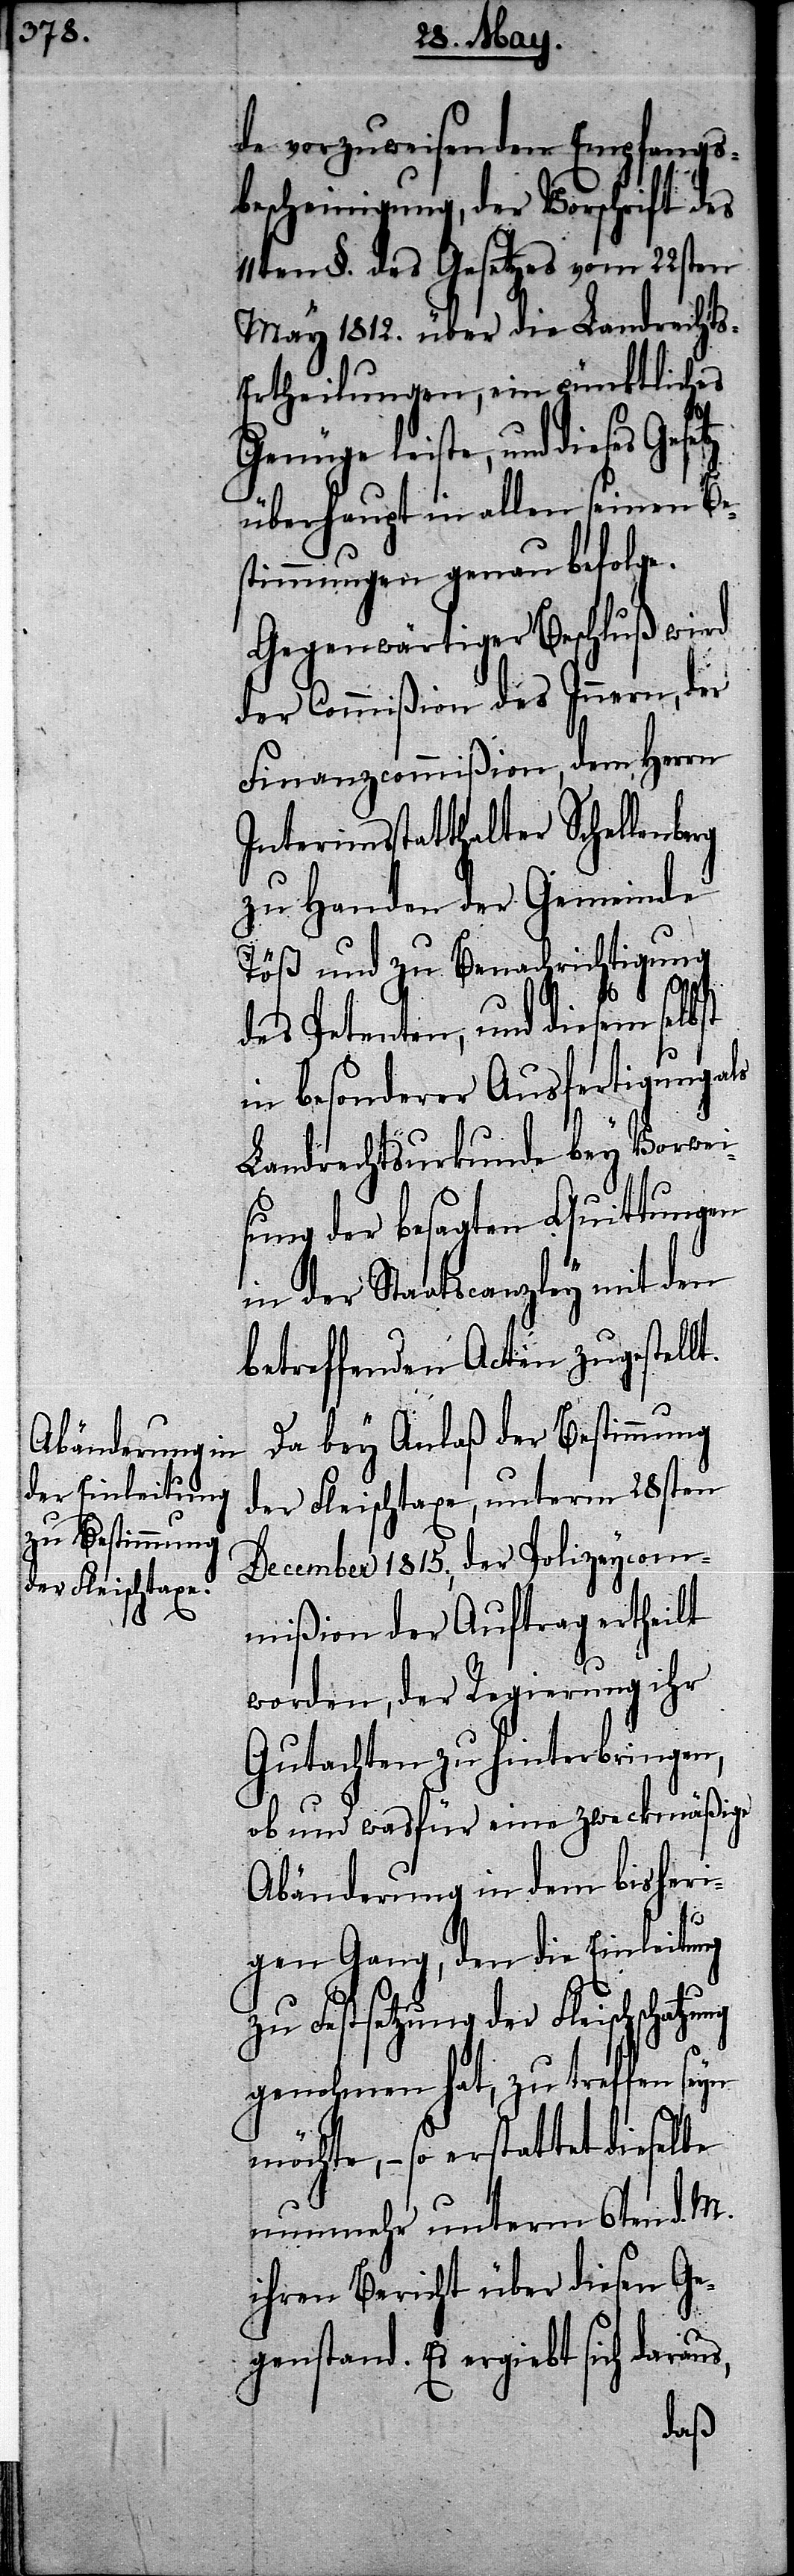
de vorzuweisenden Empfangs¬
bescheinigung, der Vorschrift des
11ten §. des Gesetzes vom 22sten
May 1812. über die Landrechts-E¬
rtheilungen, ein pünktliches
Genüge leiste, und dieses Gesetz
überhaupt in allen seinen Be¬
stimmungen genau befolge.
Gegenwärtiger Beschluß wird
der Commißion des Innern, der
Finanzcommißion, dem Herrn
Interimsstatthalter Schellen¬
zu Handen der Gemeinde
Töß und zu Benachrichtigung
m¬
des Petenten, und diesem selbst
in besonderer Ausfertigung als
Landrechtsurkunde bey Vorwei¬
sung der besagten Quittungen
in der Staatscanzley mit den
betreffenden Acten zugestellt.
Da bey Anlaß der Bestimmung
der Fleischtaxe, unterm 28sten
December 1815., der Polizeycom¬
mißion der Auftrag erhteilt
worden, der Regierung ihr
Gutachten zu hinterbringen,
ob und wasfür eine zweckmäßige
Abänderung in dem bisheri¬
us,
gen Gang, den die Einleitung
zu Festsetzung der Fleischschat¬
genohmen hat, zu treffen seyn
öchte, – so erstattet dieselbe
nunmehr unterm 6ten d. M.
ihren Bericht über diesen Ge¬
genstand. Es ergiebt sich dara¬